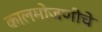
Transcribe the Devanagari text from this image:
कालमोजणीचे